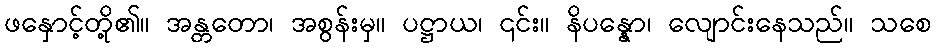
ဖနှောင့်တို့၏။ အန္တတော၊ အစွန်းမှ။ ပဋ္ဌာယ၊ ၎င်း။ နိပန္နော၊ လျောင်းနေသည်။ သစေ